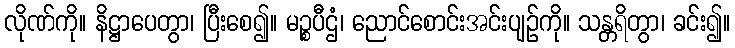
လိုဏ်ကို။ နိဋ္ဌာပေတွာ၊ ပြီးစေ၍။ မဉ္စပီဌံ၊ ညောင်စောင်းအင်းပျဉ်ကို။ သန္တရိတွာ၊ ခင်း၍။